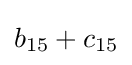
b_{15}+c_{15}